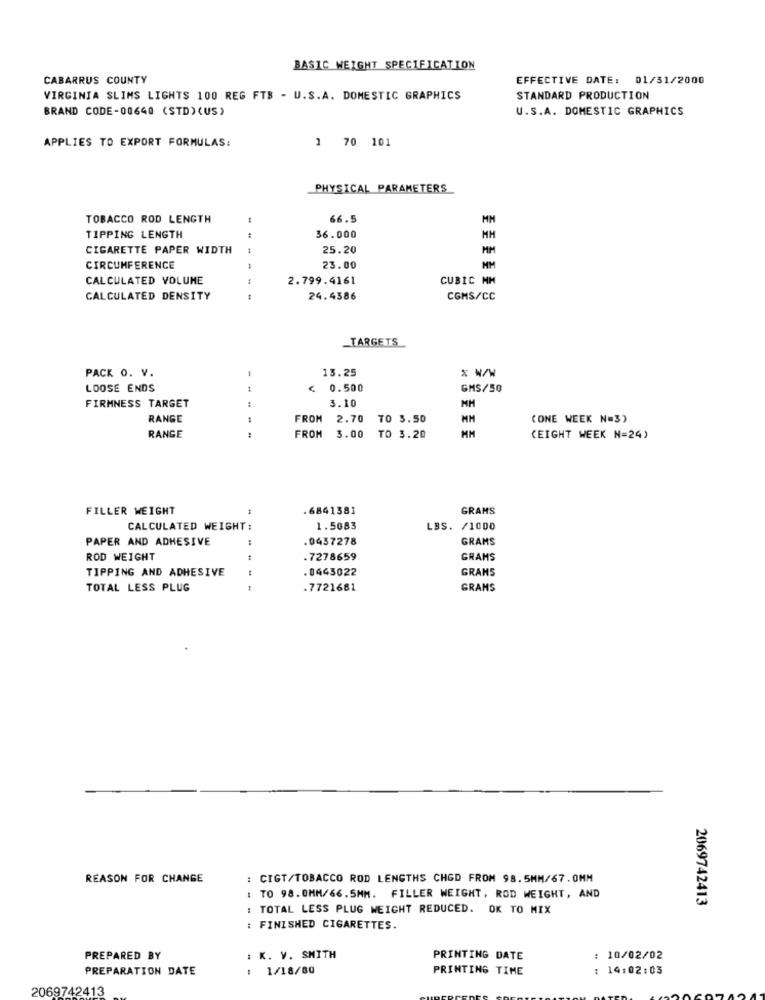
BASIC WEIGHT SPECIFICATION
CABARRUS COUNTY
EFFECTIVE DATE: 01/31/2000
VIRGINIA SLIMS LIGHTS 100 REG FTB - U.S.A. DOMESTIC GRAPHICS
STANDARD PRODUCTION
BRAND CODE-00640 (STD) (US)
U.S.A. DOMESTIC GRAPHICS
APPLIES TO EXPORT FORMULAS:
1 70 101
PHYSICAL PARAMETERS
TOBACCO ROD LENGTH
66.5
TIPPING LENGTH
36.000
MM
CIGARETTE PAPER WIDTH
25.20
MM
CIRCUMFERENCE
23.00
MM
CALCULATED VOLUME
2.799.4161
CUBIC MM
CALCULATED DENSITY
24.4386
CGMS/CC
_TARGETS
13.25
% W/W
PACK O. V.
LOOSE ENDS
0.500
GMS/50
3.10
FIRMNESS TARGET
RANGE
FROM
2.70
TO 5.50
(ONE WEEK N=3)
RANGE
FROM
3.00
TO 3.20
MM
(EIGHT WEEK N=24)
FILLER WEIGHT
.6841381
GRAMS
CALCULATED WEIGHT:
1.5083
LBS. /1000
PAPER AND ADHESIVE
.0437278
GRAMS
ROD WEIGHT
.7278659
GRAMS
TIPPING AND ADHESIVE
0443022
GRANS
TOTAL LESS PLUG
.7721681
GRAMS
REASON FOR CHANGE
: CIGT/TOBACCO ROD LENGTHS CHGD FROM 98.5MM/67.0MM
: TO 98.0MM/66.5MM. FILLER WEIGHT, ROD WEIGHT, AND
2069742413
: TOTAL LESS PLUG WEIGHT REDUCED. OK TO MIX
: FINISHED CIGARETTES.
PREPARED BY
: K. V. SMITH
PRINTING DATE
10/02/02
PREPARATION DATE
: 1/18/00
PRINTING TIME
: 14:02:03
2069742413